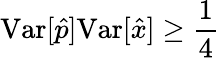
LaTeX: \mathrm{Var}[\hat{p}]\mathrm{Var}[\hat{x}]\geq\frac{1}{4}